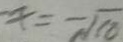
x = - \sqrt { 1 0 }